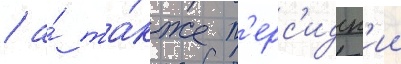
/ а́ та́кже п'ерс'идск'ии